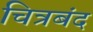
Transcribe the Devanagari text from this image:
चित्रबंद